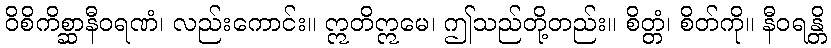
ဝိစိကိစ္ဆာနီဝရဏံ၊ လည်းကောင်း။ ဣတိဣမေ၊ ဤသည်တို့တည်း။ စိတ္တံ၊ စိတ်ကို။ နီဝရန္တိ